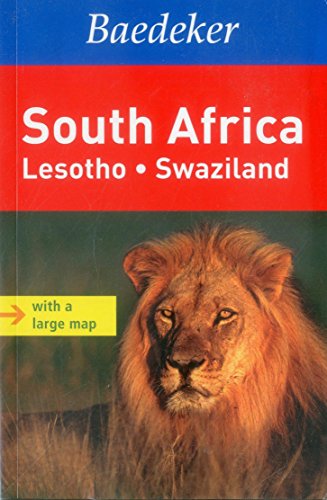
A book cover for South Africa Baedeker Guide: Lesotho, Swaziland (Baedeker Guides); Baedeker; Travel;